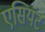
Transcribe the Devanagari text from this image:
एसियंट